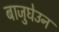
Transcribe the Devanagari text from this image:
बाजुघेउन